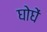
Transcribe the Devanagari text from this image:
घोघें